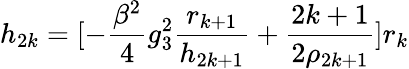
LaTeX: h_{2k}=[-\frac{\beta^{2}}{4}g_{3}^{2}\frac{r_{k+1}}{h_{2k+1}}+\frac{2k+1}{2\rho_{2k+1}}]r_{k}